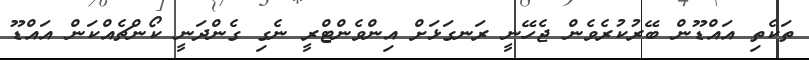
ތަކެތި އައްޑޫން ބޭރުކުރެވެން ޖެހޭނީ ރަނގަޅަށް އިންވެންޓްރީ ނެގި ގެންދަނީ ކޯންޗެއްކަން އައްޑޫ